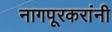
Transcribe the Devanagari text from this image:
नागपूरकरांनी